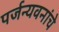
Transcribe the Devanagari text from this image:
पर्जन्यवनांचे